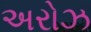
અરોઝ